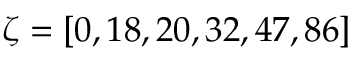
\zeta = [ 0 , 1 8 , 2 0 , 3 2 , 4 7 , 8 6 ]